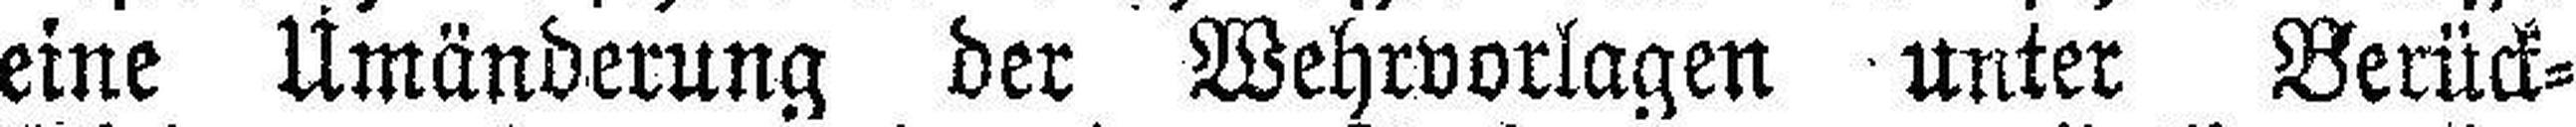
eine Umänderung der Wehrvorlagen unter Berück¬